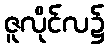
ဇူလိုင်လ၌